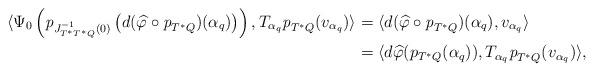
LaTeX: \begin{align*}\langle \Psi_0\left(\emph p_{J_{T^*T^*Q}^{-1}(0)}\left(d(\widehat{\varphi} \circ \emph p_{T^*Q})(\alpha_q)\right)\right), T_{\alpha_q} \emph p_{T^*Q} (v_{\alpha_q})\rangle &=\langle d(\widehat\varphi \circ \emph p_{T^*Q})(\alpha_q), v_{\alpha_q}\rangle \\&=\langle d\widehat\varphi(p_{T^*Q}(\alpha_q)), T_{\alpha_q} \emph p_{T^*Q}(v_{\alpha_q})\rangle,\end{align*}